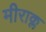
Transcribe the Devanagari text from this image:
मीराक्ल